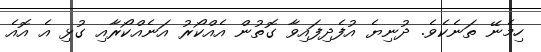
ހިމެނޭ ތަނެކެވެ. ދުނިޔެ އުފެދިފައިވާ ގޮތުން އެއްކޯރު އަނެއްކޯރާއި ގުޅި އެ އޮއެ